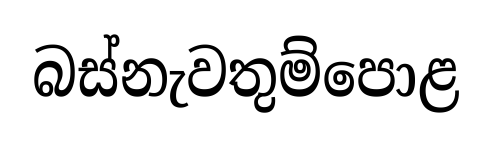
බස්නැවතුම්පොළ